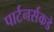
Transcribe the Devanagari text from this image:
पार्टनर्सकडे